Medical and sanitary report of the native army of Madras for the year
Year: 1876
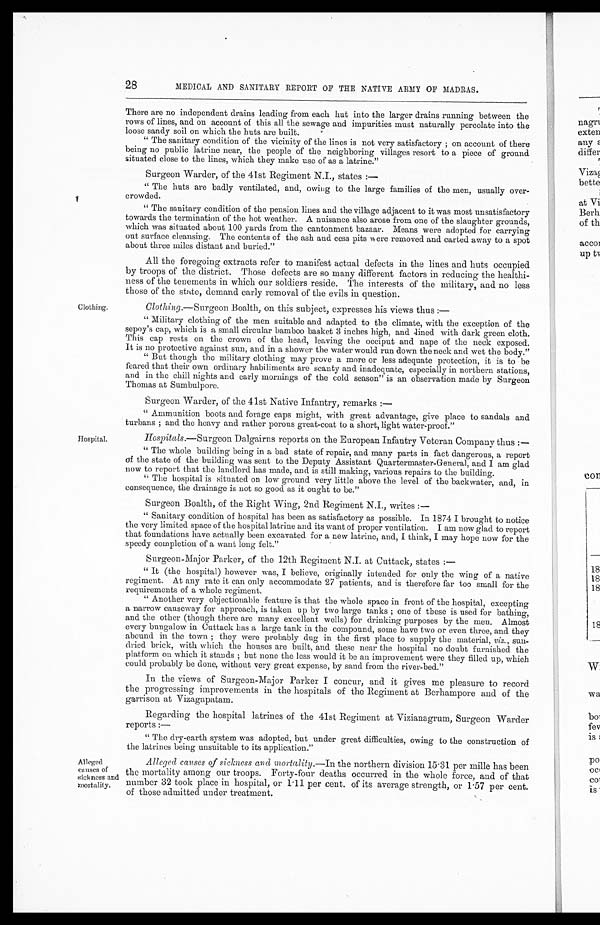
28
MEDICAL AND SANITARY REPORT OF THE NATIVE ARMY OF MADRAS.
Clothing.
Hospital.
There are no independent drains leading from each hut into the larger drains running between the
rows of lines, and on account of this all the sewage and impurities must naturally percolate into the
loose sandy soil on which the huts are built.
"The sanitary condition of the vicinity of the lines is not very satisfactory; on account of there
being no public latrine near, the people of the neighboring villages resort to a piece of ground
situated close to the lines, which they make use of as a latrine."
Surgeon Warder, of the 41st Regiment N.I., states:
—
"The huts are badly ventilated, and, owing to the large families of the men, usually over
-crowded.
"The sanitary condition of the pension lines and the village adjacent to it was most unsatisfactory
towards the termination of the hot weather. A nuisance also arose from one of the slaughter grounds,
which was situated about 100 yards from the cantonment bazaar. Means were adopted for carrying
out surface cleansing. The contents of the ash and cess pits were removed and carted away to a spot
about three miles distant and buried."
All the foregoing extracts refer to manifest actual defects in the lines and huts occupied
by troops of the district. Those defects are so many different factors in reducing the healthi
-ness of the tenements in which our soldiers reside. The interests of the military, and no less
those of the state, demand early removal of the evils in question.
Clothing.—Surgeon Boalth, on this subject, expresses his views thus:
—
"Military clothing of the men suitable and adapted to the climate, with the exception of the
sepoy's cap, which is a small circular bamboo basket 3 inches high, and lined with dark green cloth.
This cap rests on the crown of the head, leaving the occiput and nape of the neck exposed.
It is no protective against sun, and in a shower the water would run down the neck and wet the body."
"But though the military clothing may prove a more or less adequate protection, it is to be
feared that their own ordinary habiliments are scanty and inadequate, especially in northern stations,
and in the chill nights and early mornings of the cold season" is an observation made by Surgeon
Thomas at Sumbulpore.
Surgeon Warder, of the 41st Native Infantry, remarks:
—
"Ammunition boots and forage caps might, with great advantage, give place to sandals and
turbans; and the heavy and rather porous great-coat to a short, light water-proof."
Hospitals .—Surgeon Dalgairns reports on the European Infantry Veteran Company thus:
—
"The whole building being in a bad state of repair, and many parts in fact dangerous, a report
of the state of the building was sent to the Deputy Assistant Quartermaster-General, and I am glad
now to report that the landlord has made, and is still making, various repairs to the building.
"The hospital is situated on low ground very little above the level of the backwater, and, in
consequence, the drainage is not so good as it ought to be."
Surgeon Boalth, of the Right Wing, 2nd Regiment N.I., writes:—
"Sanitary condition of hospital has been as satisfactory as possible. In 1874 I brought to notice
the very limited space of the hospital latrine and its want of proper ventilation. I am now glad to report
that foundations have actually been excavated for a new latrine, and, I think, I may hope now for the
speedy completion of a want long felt."
Surgeon-Major Parker, of the 12th Regiment N.I. at Cuttack, states:
—
"It (the hospital) however was, I believe, originally intended for only the wing of a native
regiment. At any rate it can only accommodate 27 patients, and is therefore far too small for the
requirements of a whole regiment.
"Another very objectionable feature is that the whole space in front of the hospital, excepting
a narrow causeway for approach, is taken up by two large tanks; one of these is used for bathing,
and the other (though there are many excellent wells) for drinking purposes by the men. Almost
every bungalow in Cuttack has a large tank in the compound, some have two or even three, and they
abound in the town; they were probably dug in the first place to supply the material, viz., sun
- d r i e d b r i c k , w i t h w h i c h t h e h o u s e s a r e b u i l t , a n d t h e s e n e a r t h e h o s p i t a l n o d o u b t f u r n i s h e d t h e
platform on which it stands; but none the less would it be an improvement were they filled up, which
could probably be done, without very great expense, by sand from the river-bed."
In the views of Surgeon-Major Parker I concur, and it gives me pleasure to record
the progressing improvements in the hospitals of the Regiment at Berhampore and of the
garrison at Vizagapatam.
Regarding the hospital latrines of the 41st Regiment at Vizianagrum, Surgeon Warder
reports: —
"The dry-earth system was adopted, but under great difficulties, owing to the construction of
the latrines being unsuitable to its application."
Alleged
causes of
sickness and
mortality.
Alleged causes of sickness and mortality.— In the northern division 15.31 per mille has been
the mortality among our troops. Forty-four deaths occurred in the whole force, and of that
number 32 took place in hospital, or 1.11 per cent. of its average strength, or 1.57 per cent.
of those admitted under treatment.